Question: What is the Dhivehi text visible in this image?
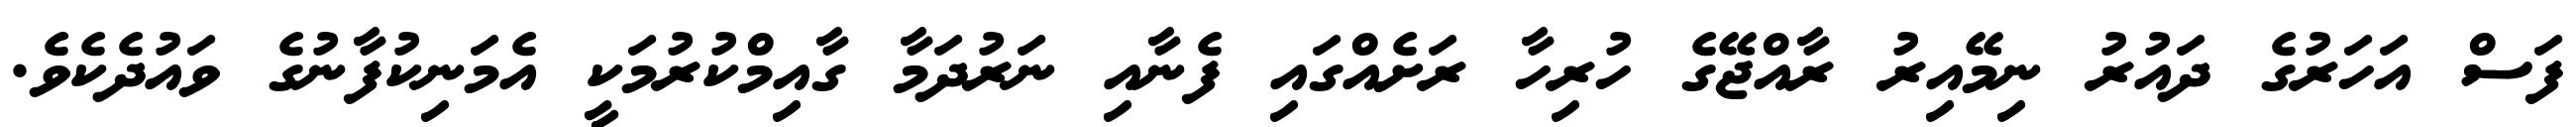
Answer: ފަސް އަހަރުގެ ދައުރު ނިމޭއިރު ރާއްޖޭގެ ހުރިހާ ރަށެއްގައި ފެނާއި ނަރުދަމާ ގާއިމްކުރުމަކީ އެމަނިކުފާނުގެ ވައުދެކެވެ.